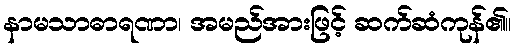
နာမသာဓာရဏာ၊ အမည်အားဖြင့် ဆက်ဆံကုန်၏။